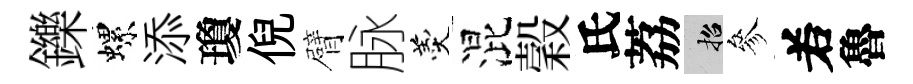
鑠螺添瓊倪臂脉羹混穀氏荔招參𠰥魯